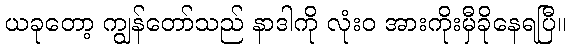
ယခုတော့ ကျွန်တော်သည် နာဒါကို လုံးဝ အားကိုးမှီခိုနေရပြီ။